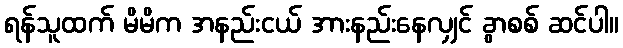
ရန်သူထက် မိမိက အနည်းငယ် အားနည်းနေလျှင် ခွာစစ် ဆင်ပါ။